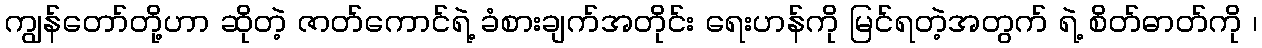
ကျွန်တော်တို့ဟာ ဆိုတဲ့ ဇာတ်ကောင်ရဲ့ ခံစားချက်အတိုင်း ရေးဟန်ကို မြင်ရတဲ့အတွက် ရဲ့ စိတ်ဓာတ်ကို ၊